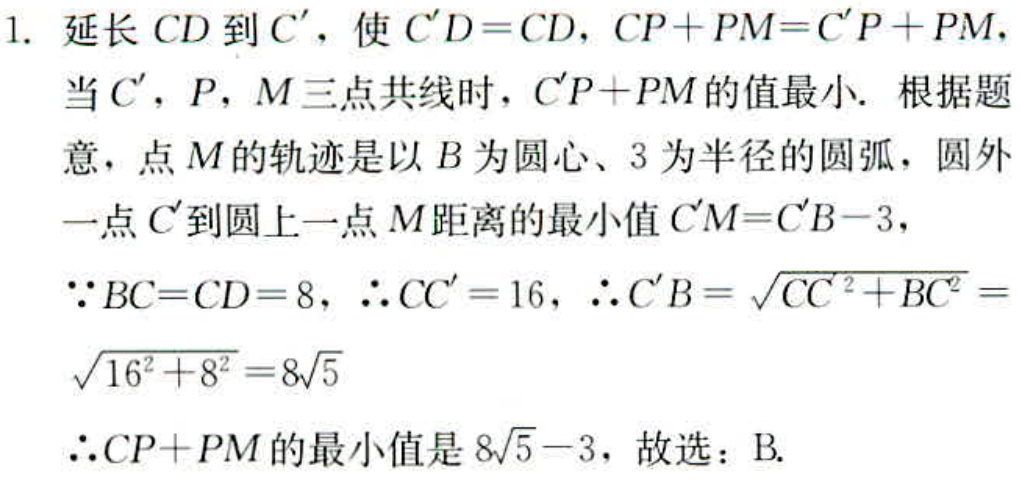
1. 延长 \(CD\) 到 \(C'\)，使 \(C'D = CD\)，\(CP + PM = C'P + PM\)，
当 \(C'\)，\(P\)，\(M\) 三点共线时，\(C'P + PM\) 的值最小. 根据题
意，点 \(M\) 的轨迹是以 \(B\) 为圆心、\(3\) 为半径的圆弧，圆外
一点 \(C'\) 到圆上一点 \(M\) 距离的最小值 \(C'M = C'B - 3\)，
\(\because BC = CD = 8\)，\(\therefore CC' = 16\)，\(\therefore C'B=\sqrt{CC'^{2}+BC^{2}} =\)
\(\sqrt{16^{2}+8^{2}} = 8\sqrt{5}\)
\(\therefore CP + PM\) 的最小值是 \(8\sqrt{5}-3\)，故选：B.